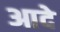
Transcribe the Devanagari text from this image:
आदे